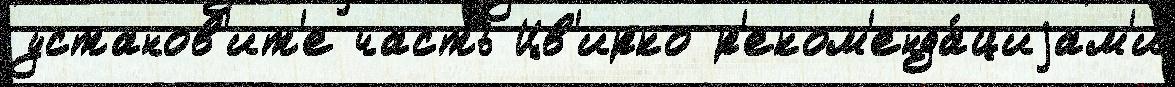
установ'ит'е часть Цв'ирко р'еком'енда́циjам'и